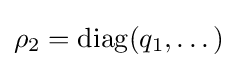
\rho _{2}=\mathrm {diag} (q_{1},\dots )